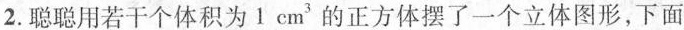
2.聪聪用若干个体积为1cm^{3}的正方体摆了一个立体图形，下面